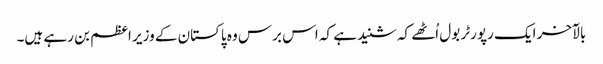
بالآخر ایک رپورٹر بول اُٹھے کہ شنید ہے کہ اس برس وہ پاکستان کے وزیر اعظم بن رہے ہیں۔